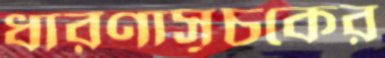
ধারণাসূচকের